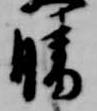
晴